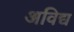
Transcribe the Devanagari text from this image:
अविद्य